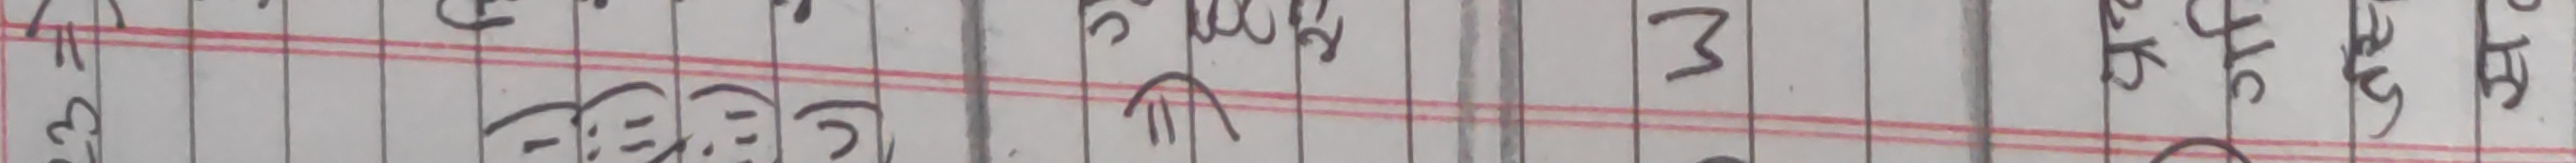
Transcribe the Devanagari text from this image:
घ च छ ज झ ञ ट ठ ड ढ ण त थ द ध न प फ ब भ म य